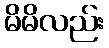
မိမိလည်း